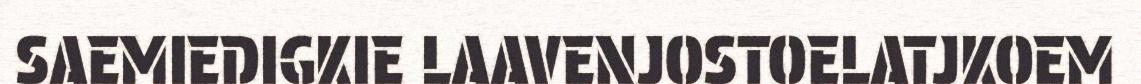
SAEMIEDIGKIE LAAVENJOSTOELATJKOEM